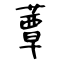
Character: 蕈